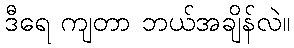
ဒီရေ ကျတာ ဘယ်အချိန်လဲ။